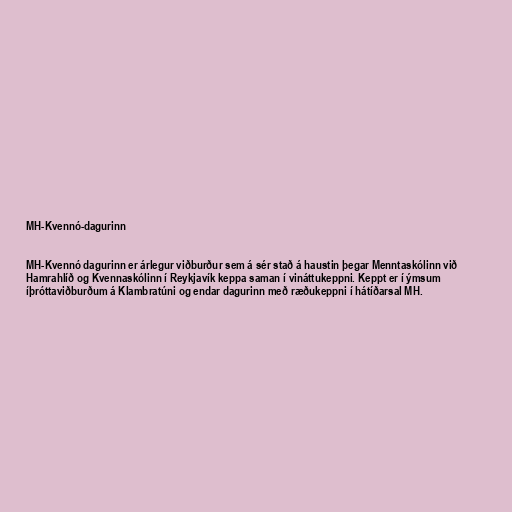
MH-Kvennó-dagurinn

MH-Kvennó dagurinn er árlegur viðburður sem á sér stað á haustin þegar Menntaskólinn við
Hamrahlíð og Kvennaskólinn í Reykjavík keppa saman í vináttukeppni. Keppt er í ýmsum
íþróttaviðburðum á Klambratúni og endar dagurinn með ræðukeppni í hátíðarsal MH.